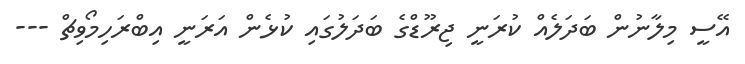
އޭސީ މިލާނުން ބަދަލެއް ކުރަނީ ޖިރޫޑްގެ ބަދަލުގައި ކުޅެން އަރަނީ އިބްރަހިމޯވިޗް ---